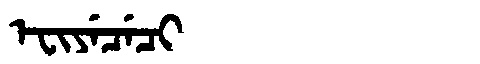
Manchu: ᡝᠸᡳᠶᡝᠴᡝᠴᡳ
Romanization: EFIYECECI